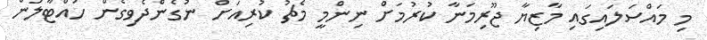
މި މައްސަލައިގައި މާޒިޔާ ޖޫރިމަނާ ކުރުމަށް ނިންމީ މެޗު ކުރިއަށް ނުގެންދެވިގެން ހުއްޓާލަން